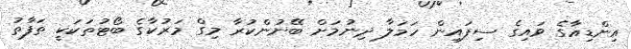
އިންޑިއާގެ ވައިގެ ސިފައިން ހަމަލާ ދިނުމަށް ބޭނުންކުރާ މިގް މަރުކާގެ ބޯޓުތަކަކީ ތަފާތު